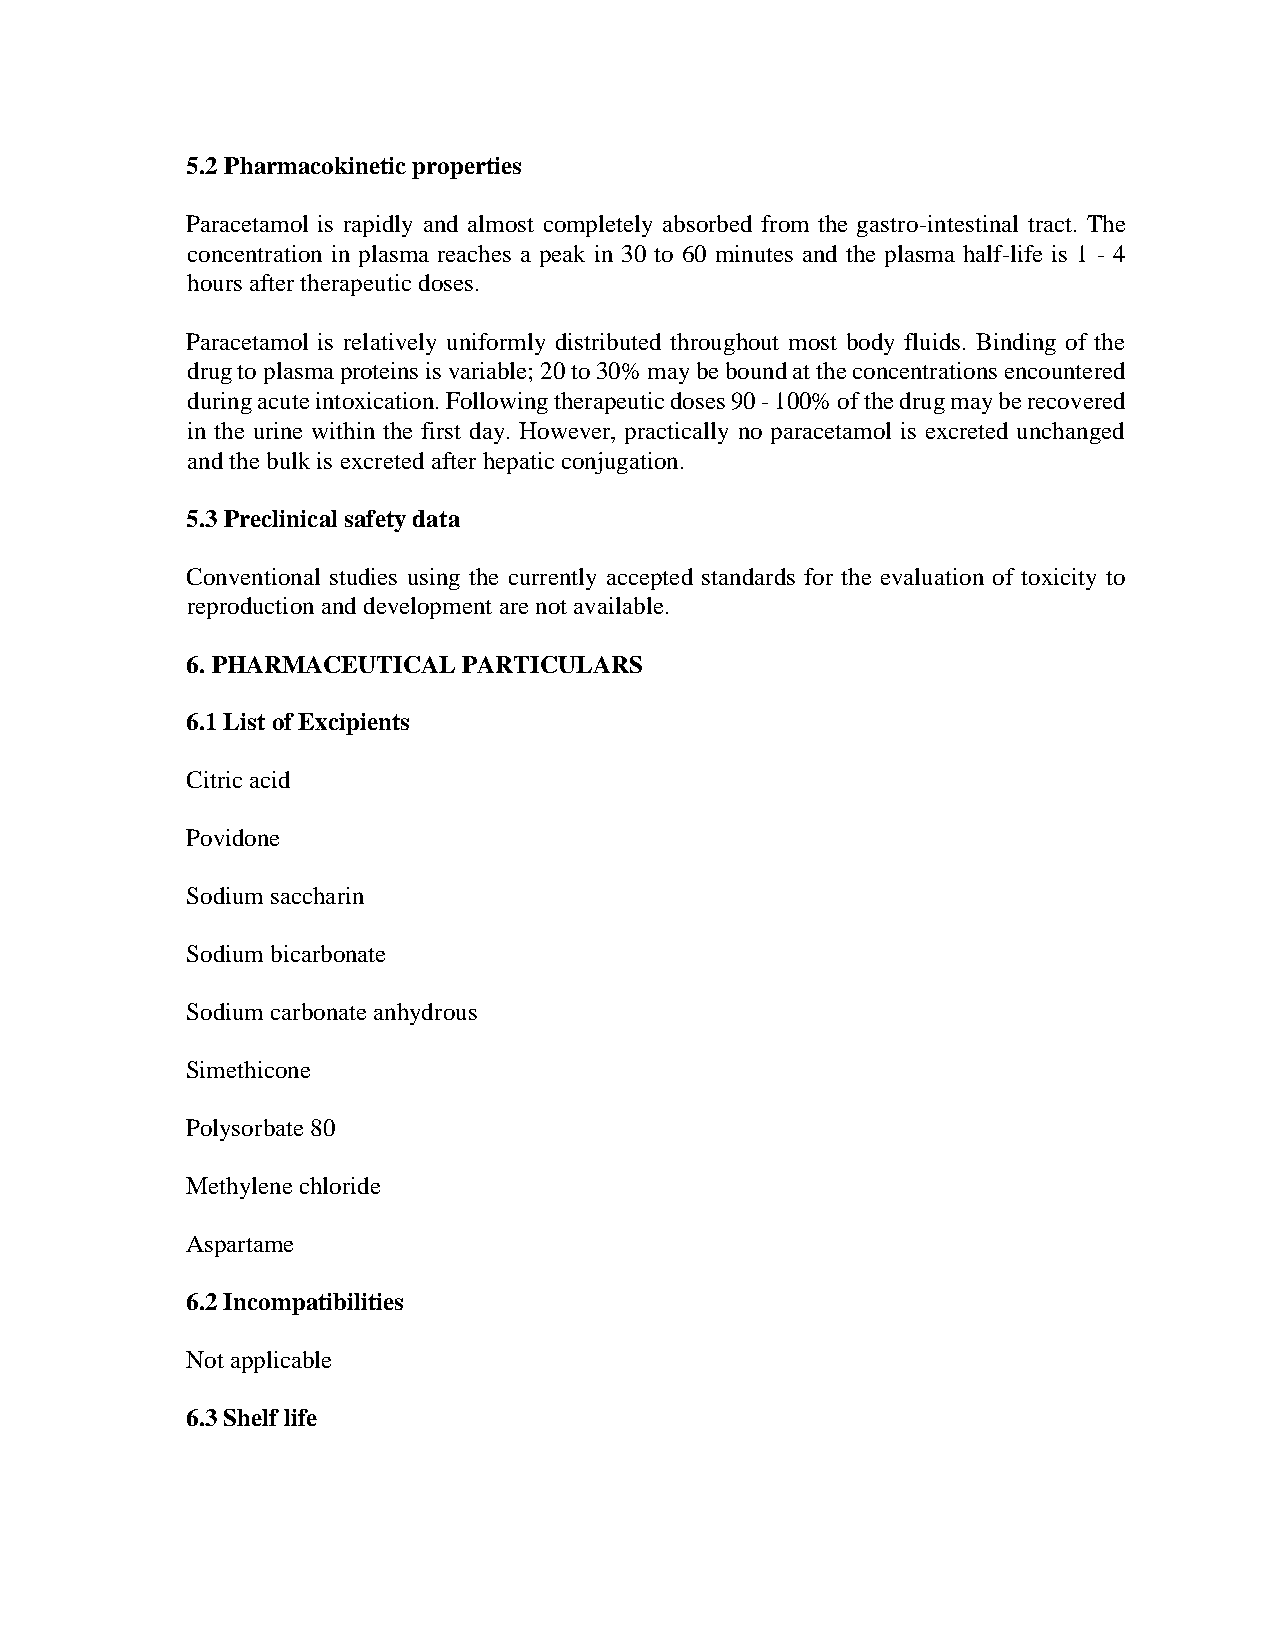
5.2 Pharmacokinetic properties
 Paracetamol is rapidly and almost completely absorbed from the gastro-intestinal tract. The
 concentration in plasma reaches a peak in 30 to 60 minutes and the plasma half-life is 1 - 4
 hours after therapeutic doses.
 Paracetamol is relatively uniformly distributed throughout most body fluids. Binding of the
 drug to plasma proteins is variable; 20 to 30% may be bound at the concentrations encountered
 during acute intoxication. Following therapeutic doses 90 - 100% of the drug may be recovered
 in the urine within the first day. However, practically no paracetamol is excreted unchanged
 and the bulk is excreted after hepatic conjugation.
 5.3 Preclinical safety data
 Conventional studies using the currently accepted standards for the evaluation of toxicity to
 reproduction and development are not available.
 6. PHARMACEUTICAL  PARTICULARS
 6.1 List of Excipients
 Citric acid
 Povidone
 Sodium saccharin
 Sodium bicarbonate
 Sodium carbonate anhydrous
 Simethicone
 Polysorbate 80
 Methylene chloride
 Aspartame
 6.2 Incompatibilities
 Not applicable
 6.3 Shelf life